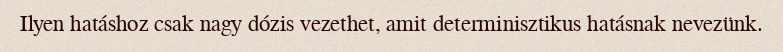
Ilyen hatáshoz csak nagy dózis vezethet, amit determinisztikus hatásnak nevezünk.